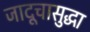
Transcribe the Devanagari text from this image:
जादूचासुद्धा